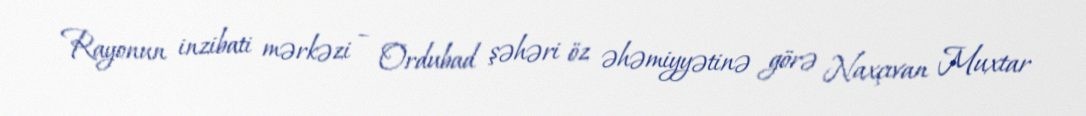
Rayonun inzibati mərkəzi – Ordubad şəhəri öz əhəmiyyətinə görə Naxçıvan Muxtar